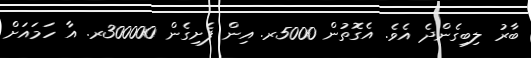
ބާރު ލިބިގެންދެ އެވެ. އެގޮތުން 5000ރ. އިން ފެށިގެން 300000ރ. އާ ހަމައަށް